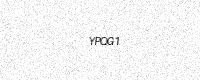
Text: YPQG1